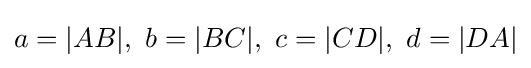
a=|AB|,\ b=|BC|,\ c=|CD|,\ d=|DA|